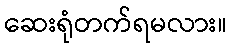
ဆေးရုံတက်ရမလား။